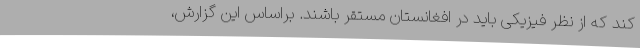
کند که از نظر فیزیکی باید در افغانستان مستقر باشند. براساس این گزارش،